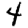
Digit: 4